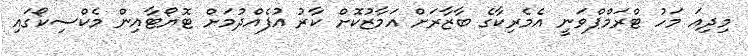
މިދިއަ މަހު ޓްރަމްޕްވަނީ އެމެރިކާގެ ބާޒާރަށް އަމާޒުކޮށް ކާރު އުފެއްދުމަށް ޓޮޔޯޓާއިން މެކްސިކޯގައި